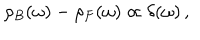
LaTeX: \rho _ { B } ( \omega ) - \rho _ { F } ( \omega ) \propto \delta ( \omega ) \, ,